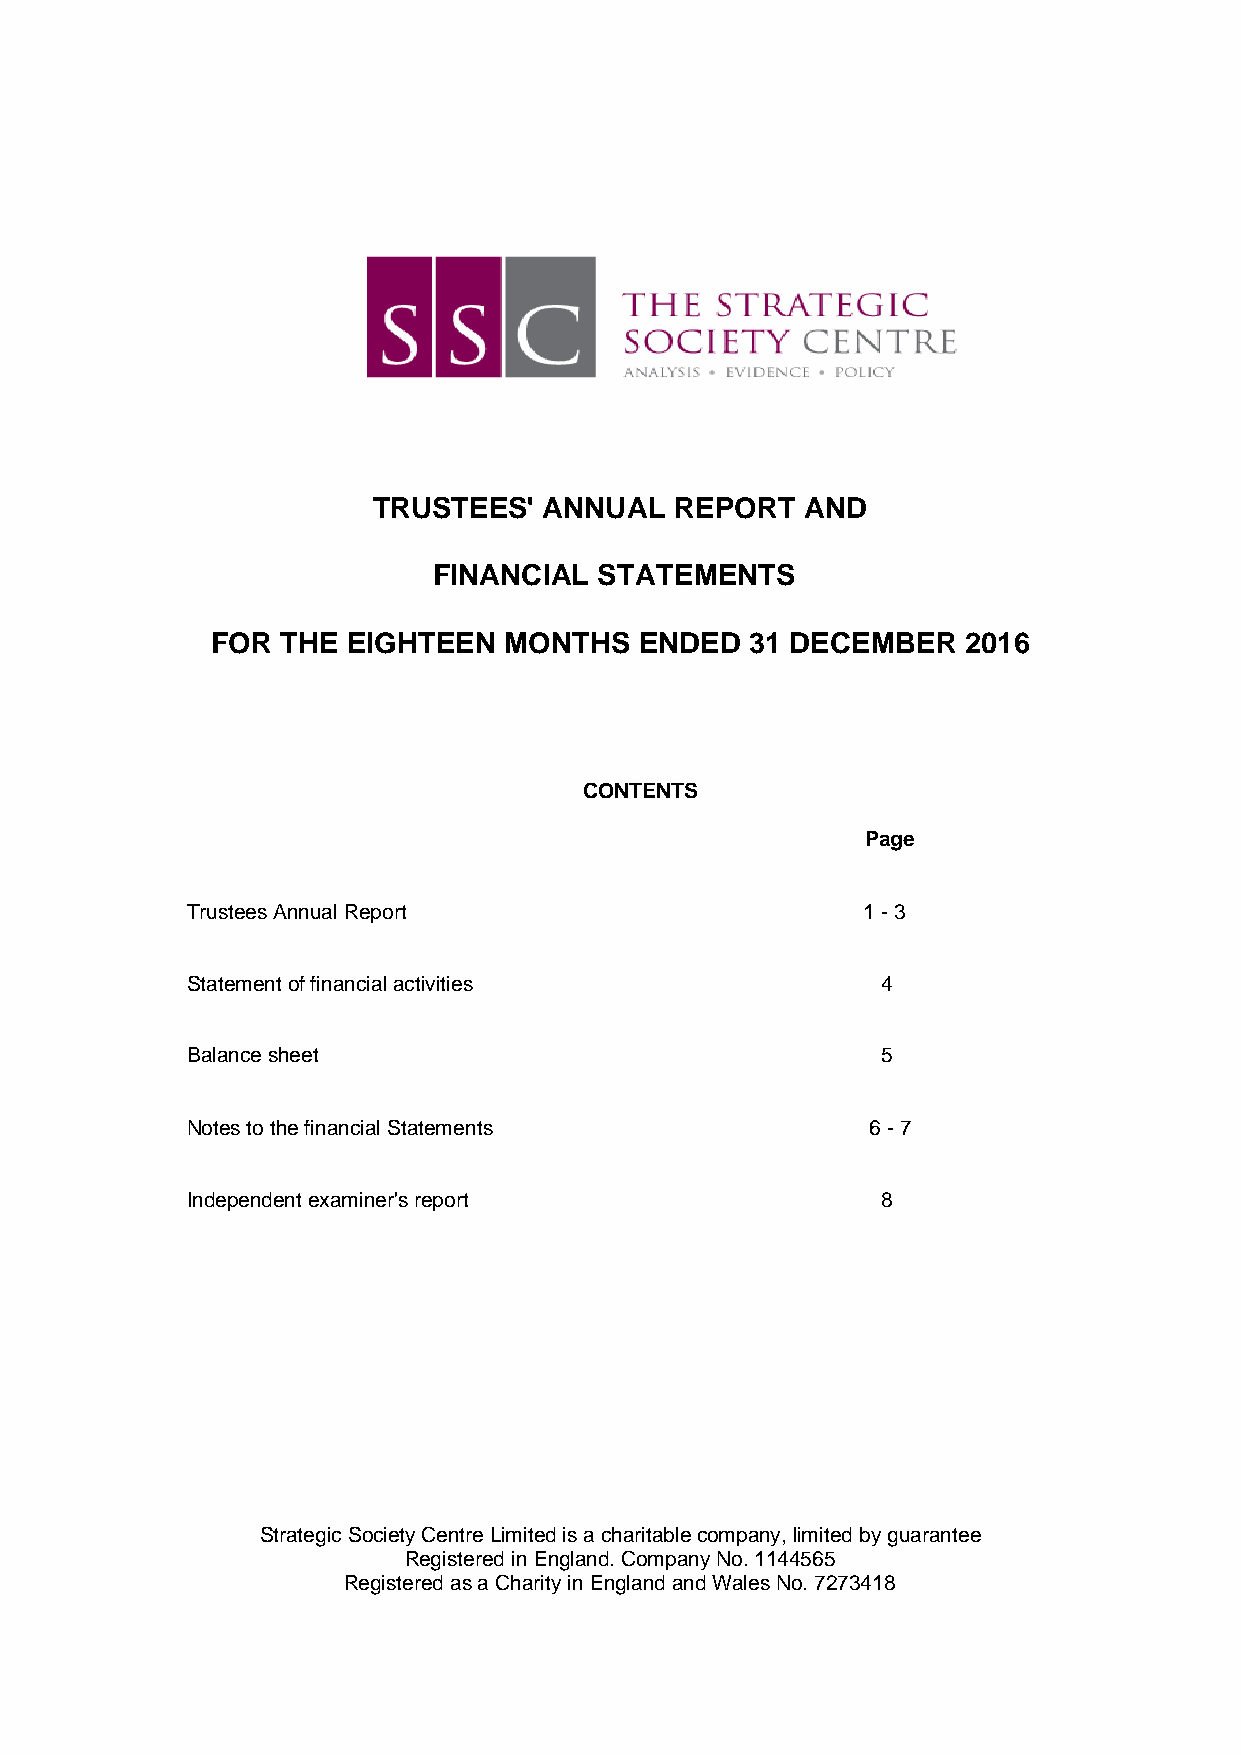
TRUSTEES'  ANNUAL   REPORT  AND
 FINANCIAL  STATEMENTS
 FOR  THE EIGHTEEN  MONTHS   ENDED   31 DECEMBER   2016
 CONTENTS
 Page
 Trustees Annual Report                       1 - 3
 Statement of financial activities             4
 Balance sheet                                 5
 Notes to the financial Statements            6 - 7
 Independent examiner's report                 8
 Strategic Society Centre Limited is a charitable company, limited by guarantee
 Registered in England. Company No. 1144565
 Registered as a Charity in England and Wales No. 7273418